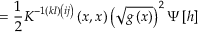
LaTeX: = \frac 1 2 K ^ { - 1 \left( k l \right) \left( i j \right) } \left( x , x \right) \left( \sqrt { g \left( x \right) } \right) ^ { 2 } \Psi \left[ h \right]